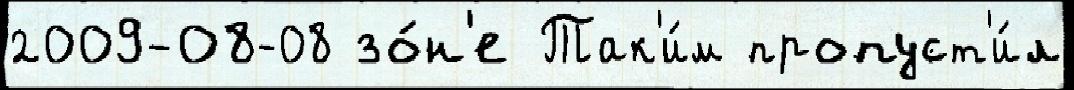
2009-08-08 зо́н'е Так'и́м пропуст'и́л